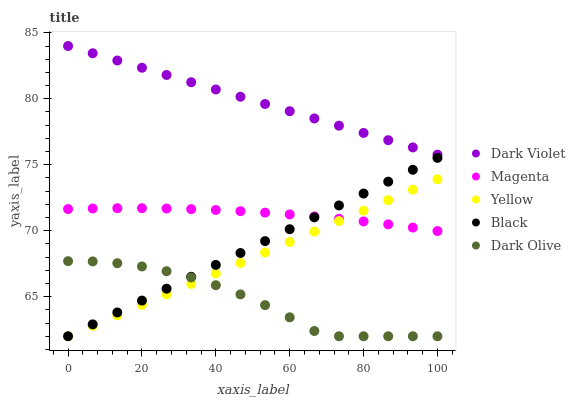
| xaxis_label | Dark Violet | Magenta | Yellow | Black | Dark Olive |
 | --- | --- | --- | --- | --- | --- |
 | 0 | 84 | 71.6 | 62 | 62 | 67.7 |
 | 6.67 | 83.5 | 71.7 | 62.8 | 62.9 | 67.7 |
 | 13.3 | 82.9 | 71.7 | 63.6 | 63.8 | 67.5 |
 | 20 | 82.4 | 71.7 | 64.4 | 64.7 | 67.3 |
 | 26.7 | 81.8 | 71.7 | 65.2 | 65.6 | 66.9 |
 | 33.3 | 81.3 | 71.6 | 66 | 66.5 | 66.5 |
 | 40 | 80.7 | 71.6 | 66.8 | 67.4 | 65.9 |
 | 46.7 | 80.2 | 71.5 | 67.6 | 68.3 | 65.2 |
 | 53.3 | 79.6 | 71.4 | 68.3 | 69.2 | 64.4 |
 | 60 | 79.1 | 71.2 | 69.1 | 70.1 | 63.4 |
 | 66.7 | 78.5 | 71.1 | 69.9 | 71 | 62.4 |
 | 73.3 | 78 | 70.9 | 70.7 | 71.9 | 62 |
 | 80 | 77.4 | 70.7 | 71.5 | 72.8 | 62 |
 | 86.7 | 76.9 | 70.5 | 72.3 | 73.7 | 62 |
 | 93.3 | 76.3 | 70.2 | 73.1 | 74.6 | 62 |
 | 100 | 75.8 | 70 | 73.9 | 75.5 | 62 |